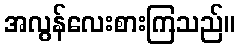
အလွန်လေးစားကြသည်။